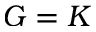
G = K